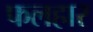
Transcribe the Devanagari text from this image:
फलहार